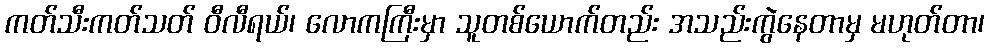
ကတ်သီးကတ်သတ် ဝီလီရယ်၊ လောကကြီးမှာ သူတစ်ယောက်တည်း အသည်းကွဲနေတာမှ မဟုတ်တာ၊